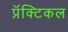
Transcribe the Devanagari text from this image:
प्रॅक्टिकल